Annual report of the Punjab Veterinary College and of the Civil Veterinary Department, Punjab - 1894-1908
Year: 1894
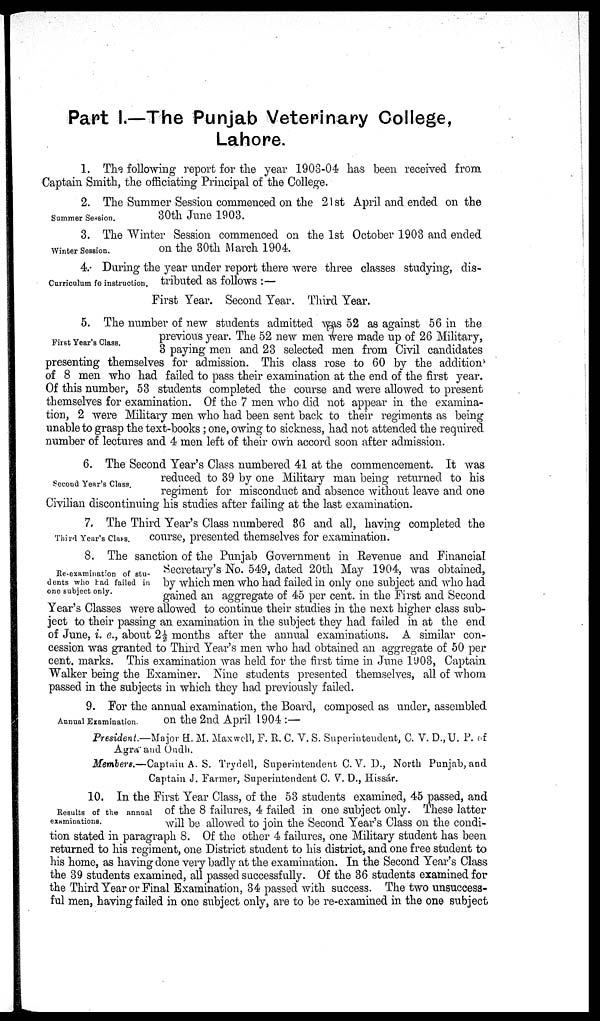
Part I.—The Punjab Veterinary College,
Lahore.
1. The following report for the year 1903-04 has been received from
Captain Smith, the officiating Principal of the College.
Summer Session.
2. The Summer Session commenced on the 21 st April and ended on the
30th June 1903.
Winter Session.
3. The Winter Session commenced on the 1st October 1903 and ended
on the 30th March 1904.
Curriculum of instruction.
4.- During the year under report there were three classes studying, dis-
tributed as follows :—
First Year. Second Year. Third Year.
First Year's Class.
5. The number of new students admitted was 52 as against 56 in the
previous year. The 52 new men were made up of 26 Military,
3 paying men and 23 selected men from Civil candidates
presenting themselves for admission. This class rose to 60 by the addition
of 8 men who had failed to pass their examination at the end of the first year.
Of this number, 53 students completed the course and were allowed to present
themselves for examination. Of the 7 men who did not appear in the examina-
tion, 2 were Military men who had been sent back to their regiments as being
unable to grasp the text-books ; one, owing to sickness, had not attended the required
number of lectures and 4 men left of their own accord soon after admission.
Second Year's Class.
6. The Second Year's Class numbered 41 at the commencement. It was
reduced to 39 by one Military man being returned to his
regiment for misconduct and absence without leave and one
Civilian discontinuing his studies after failing at the last examination.
Third Year's Class.
7. The Third Year's Class numbered 86 and all, having completed the
course, presented themselves for examination.
Re-examination of stu-
dents who had failed in
one subject only.
8. The sanction of the Punjab Government in Revenue and Financial
Secretary's No. 549, dated 20th May 1904, was obtained,
by which men who had failed in only one subject and who had
gained an aggregate of 45 per cent. in the First and Second
Year's Classes were allowed to continue their studies in the next higher class sub-
ject to their passing an examination in the subject they had failed in at the end
of June, i. e., about 2½ months after the annual examinations. A similar con-
cession was granted to Third Year's men who had obtained an aggregate of 50 per
cent. marks. This examination was held for the first time in June 1903, Captain
Walker being the Examiner. Nine students presented themselves, all of whom
passed in the subjects in which they had previously failed.
Annual Examination.
9. For the annual examination, the Board, composed as under, assembled
on the 2nd April 1904:—
President.—Major H. M. Maxwell, F. R. C. V. S. Superintendent, C. V. D.,U. P. of
Agra and Oudh.
Members.—Captain A. S. Trydell, Superintendent C. V. D., North Punjab, and
Captain J. Farmer, Superintendent C. V. D., Hissár.
Results of the annual
examinations.
10. In the First Year Class, of the 53 students examined, 45 passed, and
of the 8 failures, 4 failed in one subject only. These latter
will be allowed to join the Second Year's Class on the condi-
tion stated in paragraph 8. Of the other 4 failures, one Military student has been
returned to his regiment, one District student to his district, and one free student to
his home, as having done very badly at the examination. In the Second Year's Class
the 39 students examined, all passed successfully. Of the 36 students examined for
the Third Year or Final Examination, 34 passed with success. The two unsuccess-
ful men, having failed in one subject only, are to be re-examined in the one subject